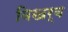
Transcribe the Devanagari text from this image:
विखर्ब